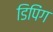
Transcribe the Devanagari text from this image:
डिपिंग